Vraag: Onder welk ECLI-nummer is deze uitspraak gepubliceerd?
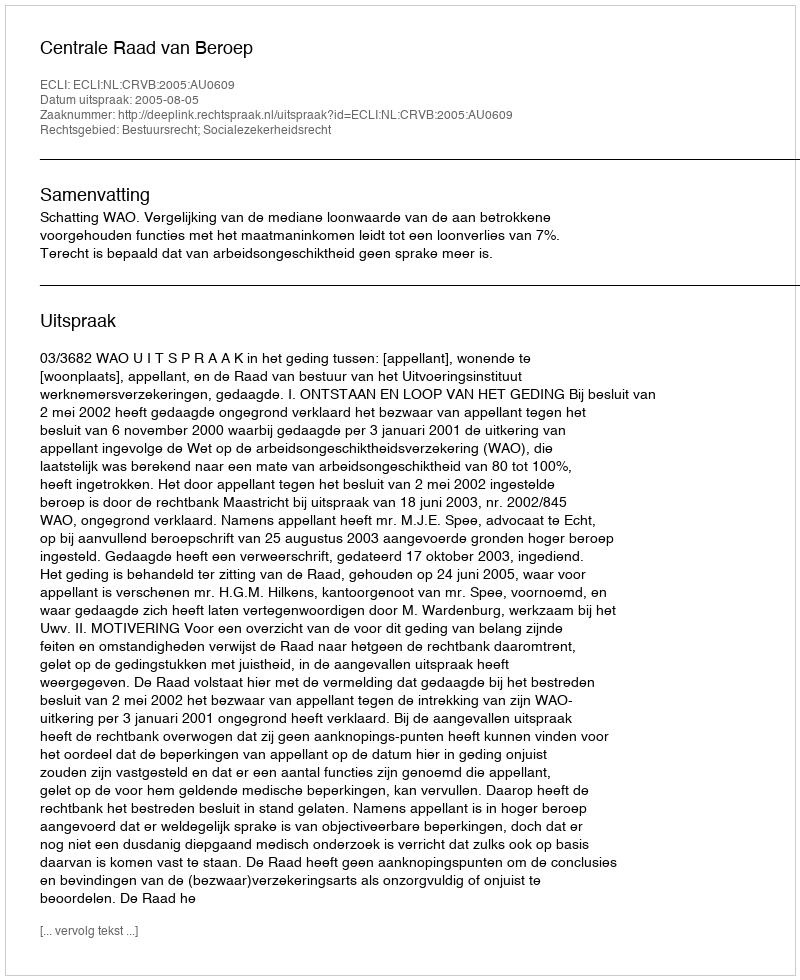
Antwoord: ECLI:NL:CRVB:2005:AU0609